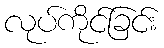
လုပ်ကိုင်ခြင်း